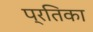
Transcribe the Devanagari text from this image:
प्रतिका